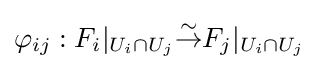
\varphi _{ij}:F_{i}|_{U_{i}\cap U_{j}}{\overset {\sim }{\to }}F_{j}|_{U_{i}\cap U_{j}}